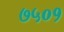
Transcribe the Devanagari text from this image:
७५०१